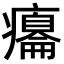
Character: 癟